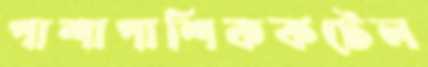
পাশাপাশিককটেল